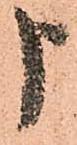
申